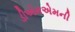
ડીએમએમની